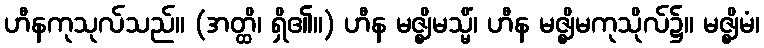
ဟီနကုသုလ်သည်။ (အတ္ထိ၊ ရှိ၏။) ဟီန မဇ္ဈိမသ္မိံ၊ ဟီန မဇ္ဈိမကုသိုလ်၌။ မဇ္ဈိမံ၊